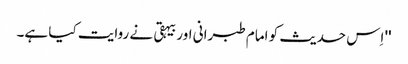
'' اِس حدیث کو امام طبرانی اور بیہقی نے روایت کیا ہے۔